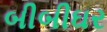
બીબીઘર